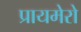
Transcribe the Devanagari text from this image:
प्रायमेरो